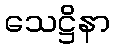
သေဋ္ဌိနာ